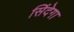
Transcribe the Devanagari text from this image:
सिंदेगा